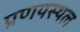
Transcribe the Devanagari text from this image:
प्रणयस्थल